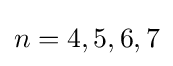
n=4,5,6,7